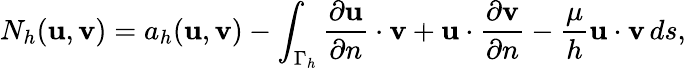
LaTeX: N_{h}({\mathbf u},{\mathbf v})=a_{h}({\mathbf u},{\mathbf v})-\int_{\Gamma_{h}}{\frac{\partial{{\mathbf u}}}{\partial n}}\cdot{\mathbf v}+{\mathbf u}\cdot{\frac{\partial{{\mathbf v}}}{\partial n}}-\frac{\mu}{h}{\mathbf u}\cdot{\mathbf v}\, ds,